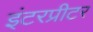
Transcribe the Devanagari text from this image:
इंटरप्रीटर